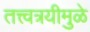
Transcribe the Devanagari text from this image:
तत्त्वत्रयीमुळे